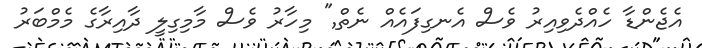
އެޖެންޑާ ހެއްދެވިއިރު ވެސް އެނގިފައެއް ނެތް